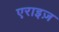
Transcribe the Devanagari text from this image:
एराइज़